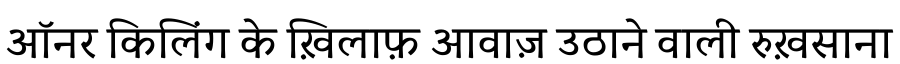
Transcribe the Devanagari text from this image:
ऑनर किलिंग के ख़िलाफ़ आवाज़ उठाने वाली रुख़साना